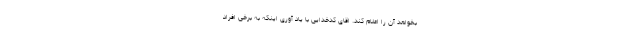
بخواهد آن را اعلام کند. اقای کدخدایی با یاد آوری اینکه به برخی افراد